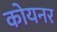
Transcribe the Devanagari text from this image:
कोयनर